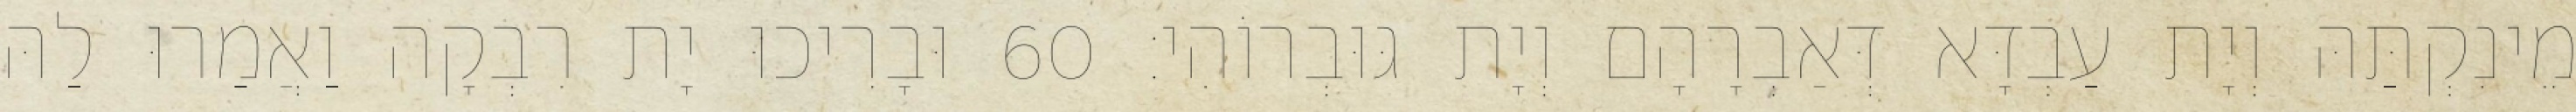
מֵינִקְתַּהּ וְיָת עַבְדָּא דְּאַבְרָהָם וְיָת גּוּבְרוֹהִי׃ 60 וּבָרִיכוּ יָת רִבְקָה וַאֲמַרוּ לַהּ